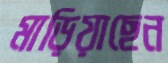
মাড়িয়াছেন